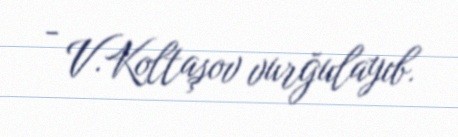
- V.Koltaşov vurğulayıb.